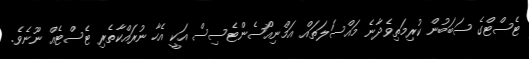
ޓެސްޓްގެ ސަބަބުން ކުރިމަތިވެދާނެ މައްސަލަތައް އަމްނިއޯސެންޓެސިސް އަކީ އެހާ ނުރައްކާތެރި ޓެސްޓެއް ނޫނެވެ.